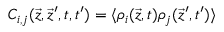
C _ { i , j } ( \vec { z } , \vec { z } ^ { \prime } , t , t ^ { \prime } ) = \langle \rho _ { i } ( \vec { z } , t ) \rho _ { j } ( \vec { z } ^ { \prime } , t ^ { \prime } ) \rangle